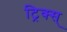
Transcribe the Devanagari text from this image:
ट्रिक्स्